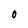
Character: O